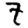
Digit: 7